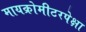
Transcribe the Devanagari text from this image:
मायक्रोमीटरपेक्षा